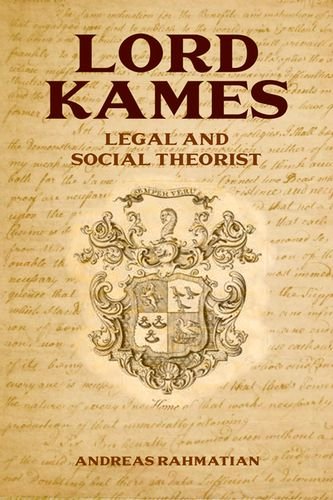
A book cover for Lord Kames: Legal and Social Theorist; Andreas Rahmatian; Law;